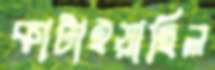
কাটাইয়াছিল